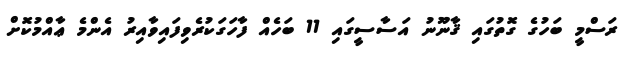
ރަސްމީ ބަހުގެ ގޮތުގައި ޤާނޫނު އަސާސީގައި 11 ބަހެއް ފާހަގަކުރެވިފައިވާއިރު އެންމެ ޢާއްމުކޮށް